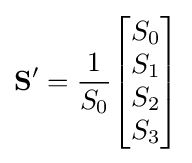
\mathbf {S'} ={\frac {1}{S_{0}}}{\begin{bmatrix}S_{0}\\S_{1}\\S_{2}\\S_{3}\end{bmatrix}}